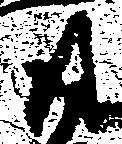
尉